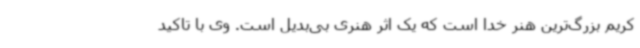
کریم بزرگ‌ترین هنر خدا است که یک اثر هنری بی‌بدیل است. وی با تاکید